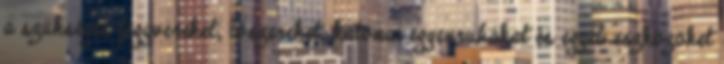
a szükséges fegyvereket, lőszereket, katonai egyenruhákat és egyéb eszközöket